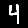
Digit: 4